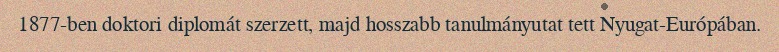
1877-ben doktori diplomát szerzett, majd hosszabb tanulmányutat tett Nyugat-Európában.